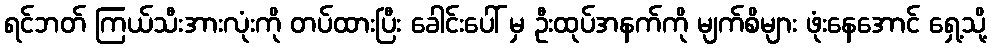
ရင်ဘတ် ကြယ်သီးအားလုံးကို တပ်ထားပြီး ခေါင်းပေါ် မှ ဦးထုပ်အနက်ကို မျက်စိများ ဖုံးနေအောင် ရှေ့သို့